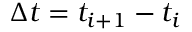
\Delta t = t _ { i + 1 } - t _ { i }